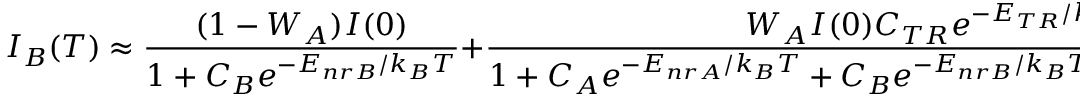
I _ { B } ( T ) \approx \frac { ( 1 - W _ { A } ) I ( 0 ) } { 1 + C _ { B } e ^ { - E _ { n r B } / k _ { B } T } } + \frac { W _ { A } I ( 0 ) C _ { T R } e ^ { - E _ { T R } / k _ { B } T } } { 1 + C _ { A } e ^ { - E _ { n r A } / k _ { B } T } + C _ { B } e ^ { - E _ { n r B } / k _ { B } T } + C _ { T R } e ^ { - E _ { T R } / k _ { B } T } }